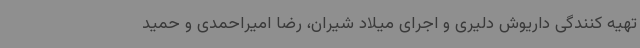
تهیه کنندگی داریوش دلیری و اجرای میلاد شیران، رضا امیراحمدی و حمید